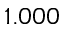
1 . 0 0 0